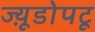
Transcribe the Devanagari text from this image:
ज्य़ूडोपटू